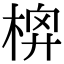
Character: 𣔬